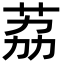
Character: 荔